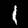
Digit: 1